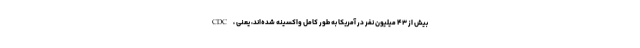
CDC، بیش از ۴۳ میلیون نفر در آمریکا به طور کامل واکسینه شده‌اند، یعنی